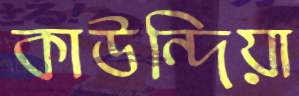
কাউন্দিয়া